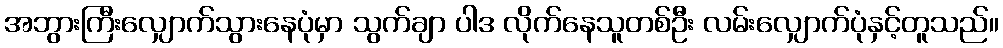
အဘွားကြီးလျှောက်သွားနေပုံမှာ သွက်ချာ ပါဒ လိုက်နေသူတစ်ဦး လမ်းလျှောက်ပုံနှင့်တူသည်။